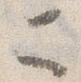
ニ